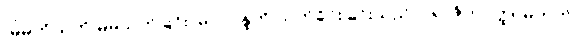
(မိမိကိုယ်ကို မိမိသတ်ခြင်း၊ မိဂလန္ဒကို သတ်ခိုင်းခြင်းသည် ပါရာဇိကဝတ္ထု မဟုတ်၊